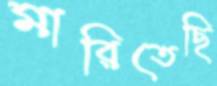
মারিতেছি